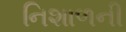
નિશાળની